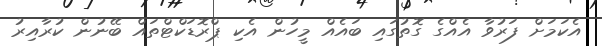
އެކަމަށް ފަރުވާ އެއްގެ ގޮތުގައި ބައެއް މީހުން އެކި ޕްރޮޑަކްޓްތައް ބޭނުން ކުރާއިރު